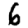
Digit: 6